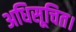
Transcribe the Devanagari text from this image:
अधिसूचित।